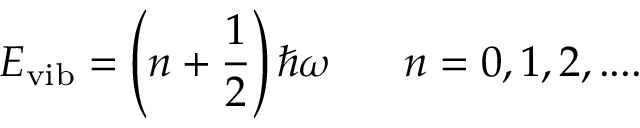
E _ { \mathrm { v i b } } = \left( n + { \frac { 1 } { 2 } } \right) \hbar \omega \ \ \ \ \ n = 0 , 1 , 2 , . . . .